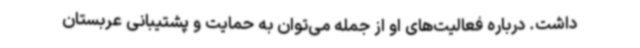
داشت. درباره فعالیت‌های او از جمله می‌توان به حمایت و پشتیبانی عربستان